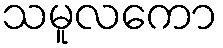
သမူလကော